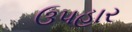
ઉ૫હાર